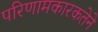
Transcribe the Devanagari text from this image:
परिणामकारकतेने